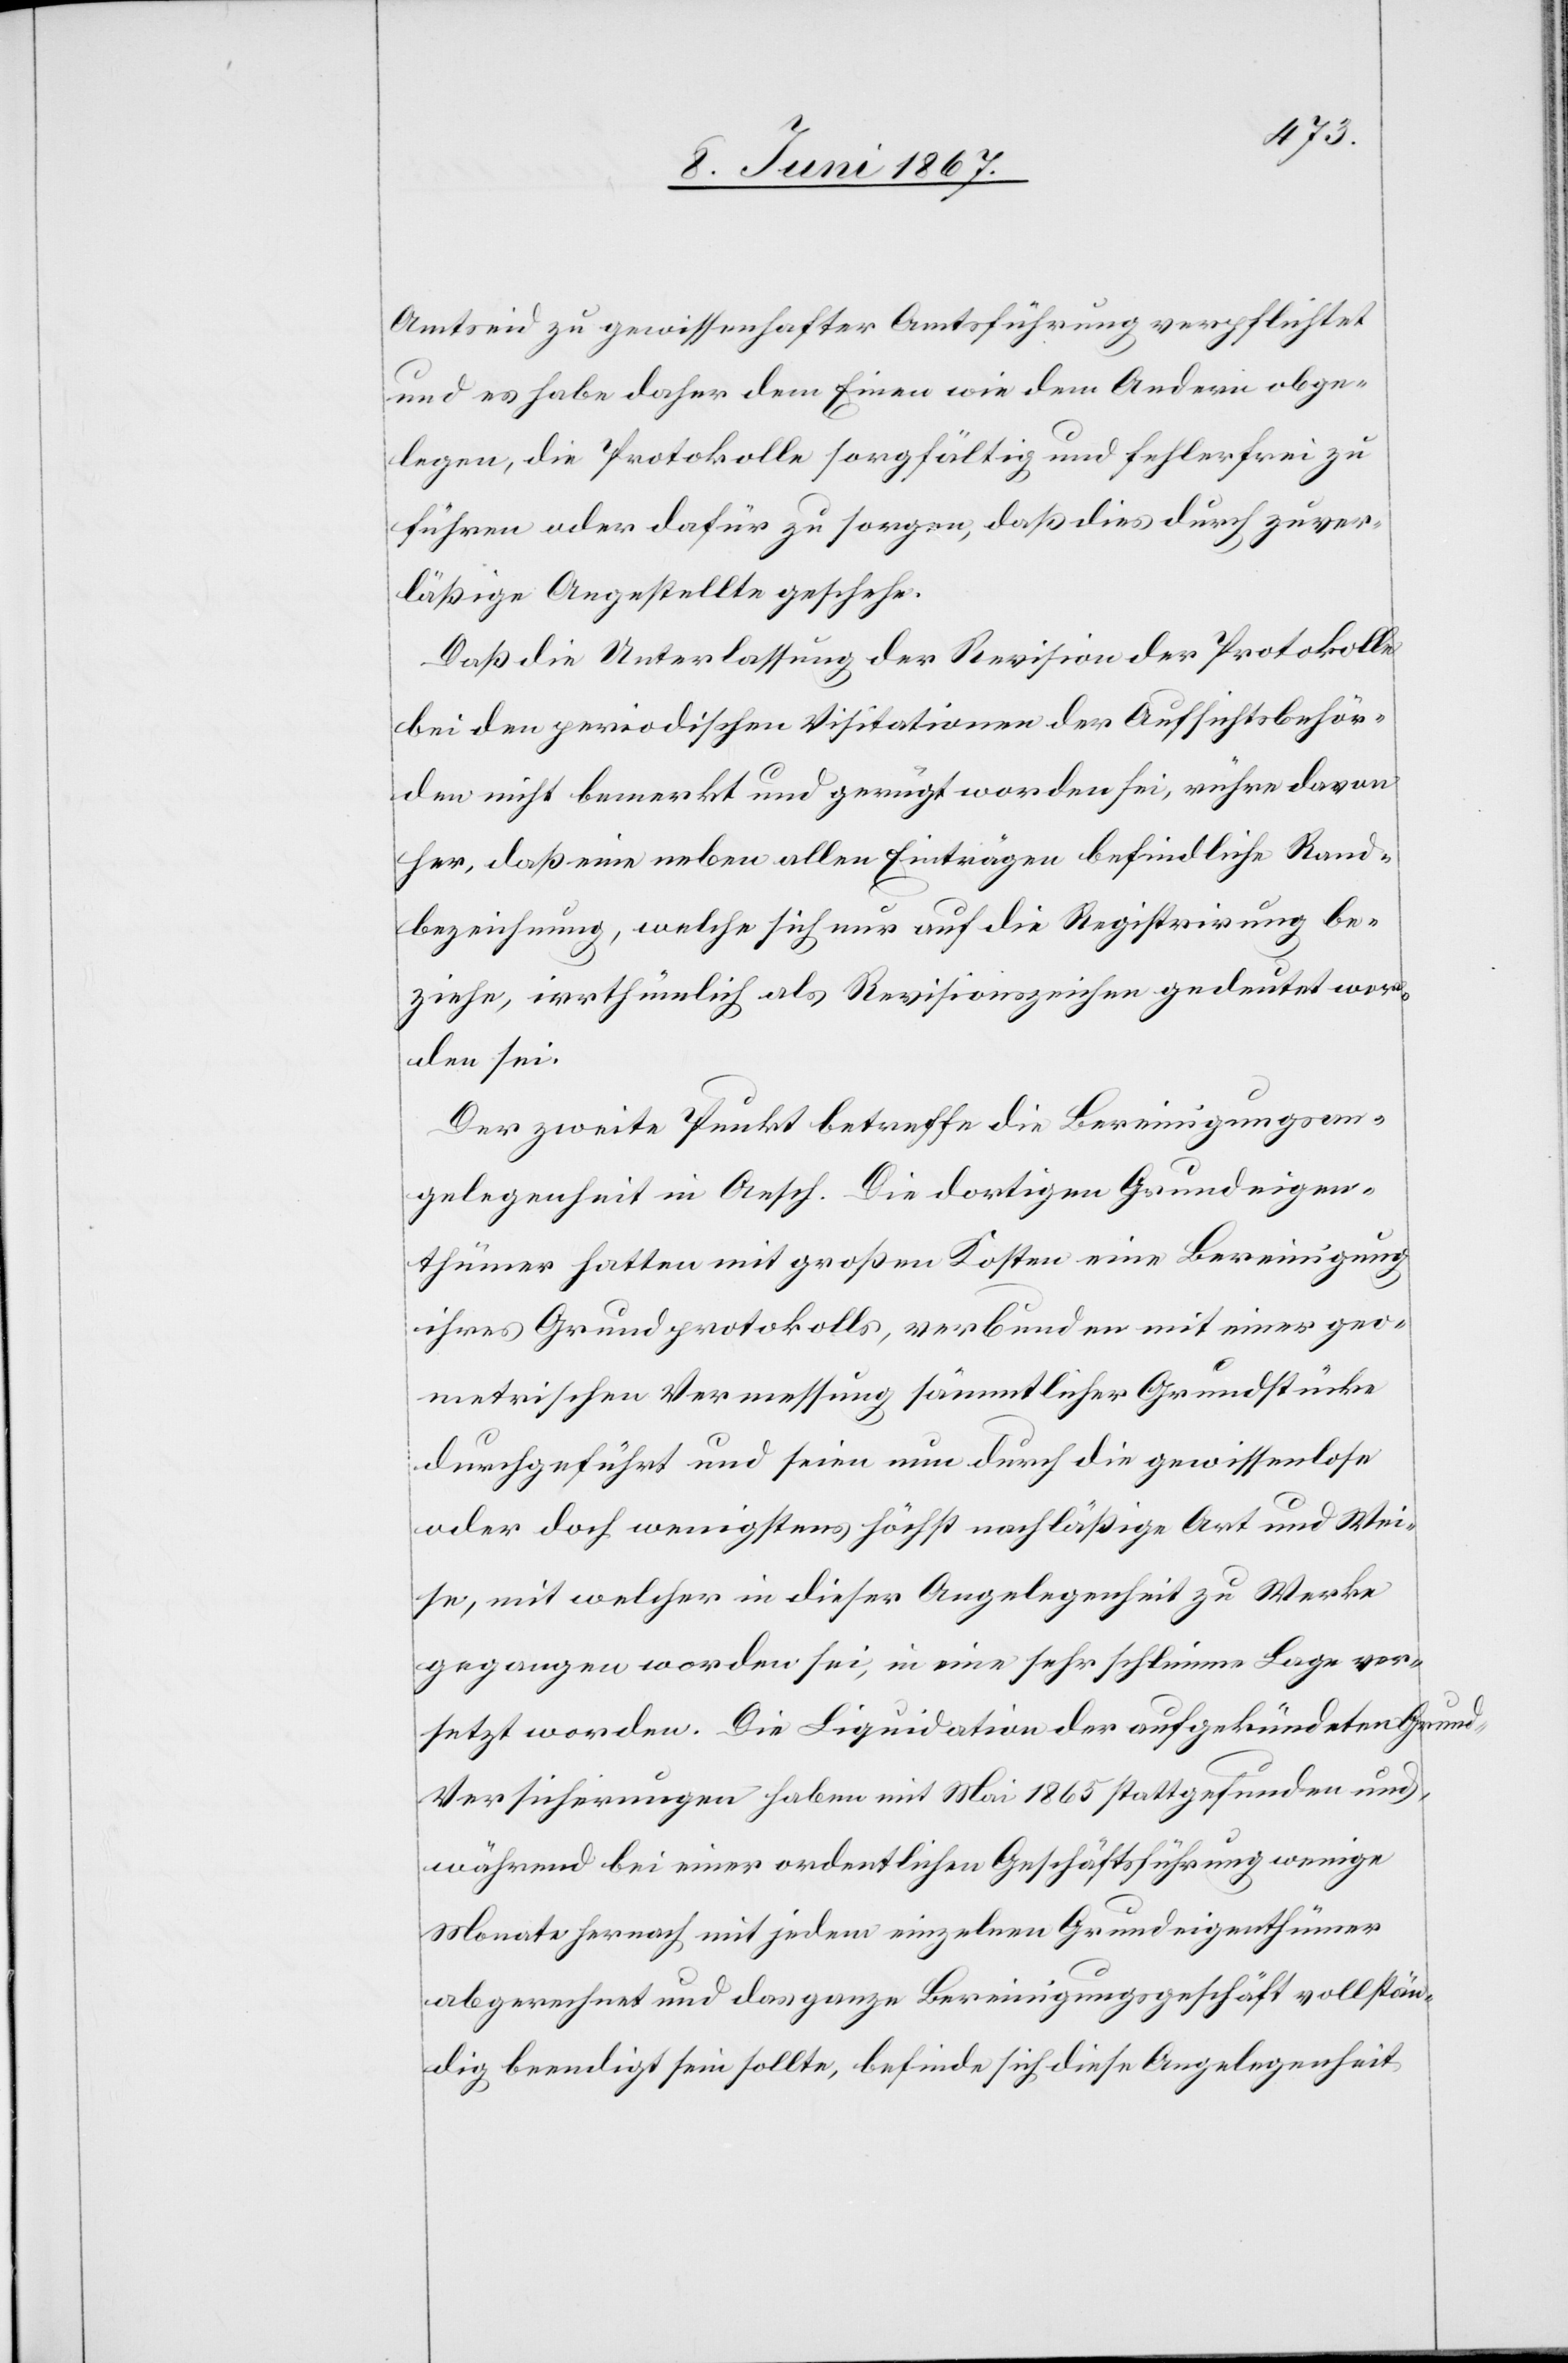
Amtseid zu gewissenhafter Amtsführung verpflichtet
und es habe daher dem Einen wie dem Andern obge¬
legen, die Protokolle sorgfältig und fehlerfrei zu
führen oder dafür zu sorgen, daß dies durch zuver¬
läßige Angestellte geschehe.
Daß die Unterlassung der Revision der Protokolle
bei den periodischen Visitationen der Aufsichtsbehör¬
den nicht bemerkt und gerügt worden sei, rühre davon
her, daß eine neben allen Einträgen befindliche Rand¬
bezeichnung, welche sich nur auf die Registrirung be¬
ziehe, irrthümlich als Revisionszeichen gedeutet wor¬
den sei.
Der zweite Punkt betreffe die Bereinigungsan¬
gelegenheit in Aesch. Die dortigen Grundeigen¬
thümer hatten mit großen Kosten eine Bereinigung
ihres Grundprotokolls, verbunden mit einer geo¬
metrischen Vermessung sämmtlicher Grundstücke
durchgeführt und seien nun durch die gewissenlose
oder doch wenigstens höchst nachläßige Art und Wei¬
se, mit welcher in dieser Angelegenheit zu Werke
gegangen worden sei, in eine sehr schlimme Lage ver¬
setzt worden. Die Liquidation der aufgekündeten Grun¬
d-Versicherungen haben mit Mai 1865 stattgefunden und,
während bei einer ordentlichen Geschäftsführung wenige
Monate hernach mit jedem einzelnen Grundeigenthümer
abgerechnet und das ganze Bereinigungsgeschäft vollstän¬
dig beendigt sein sollte, befinde sich diese Angelegenheit